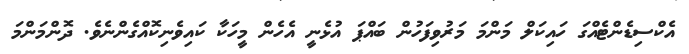
އެކްސިޑެންޓެއްގަ ހައިކަލް މަންމަ މަރުވިފަހުން ބައްޕަ އުޅެނީ އެހެން މީހަކާ ކައިވެނިކޮއްގެންނެވެ. ދޮންމަންމަ